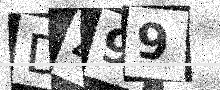
Text: D499